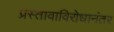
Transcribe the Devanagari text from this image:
प्रस्तावाविरोधानंतर